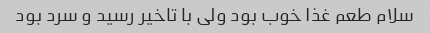
سلام طعم غذا خوب بود ولی با تاخیر رسید و سرد بود